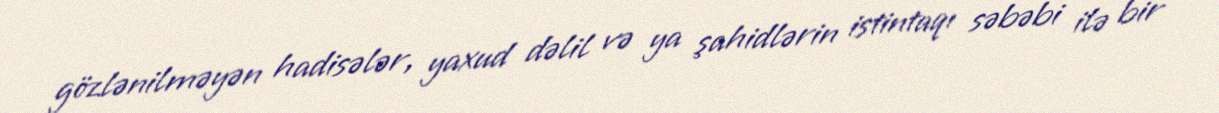
gözlənilməyən hadisələr, yaxud dəlil və ya şahidlərin istintaqı səbəbi ilə bir